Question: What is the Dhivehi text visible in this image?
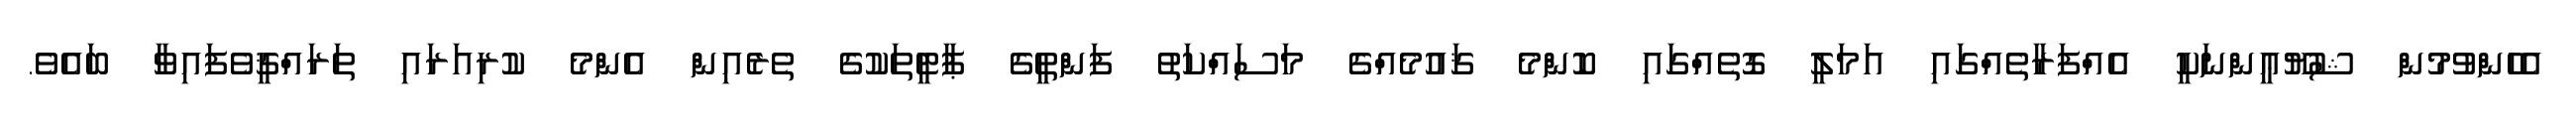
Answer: އެހެންވުމުން ޝުޔޫޢީންނަކީ އެއްފަރާތެއްގައި އަމަލީ ގޮތެއްގައި ކޮންމެ ޤައުމެއްގެ މަސައްކަތު ފަންތީގެ ޕާޓީތަކުގެ ތެރެއިން އެންމެ ކުރިއަރައި ތަރައްޤީވެފައިވާ ބައެވެ.